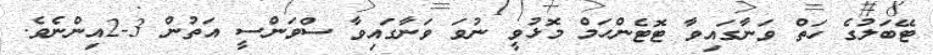
ޓޭބަލުގެ ހަތް ވަނާގައިވާ ޓޮޓެންހަމް މޮޅުވީ ނުވަ ވަނާގައިވާ ސްވަންސީ އަތުން 3-2އިންނެވެ.